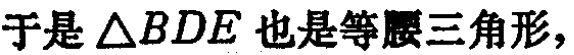
于是\(\triangle BDE\)也是等腰三角形，